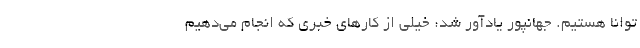
توانا هستیم. جهانپور یادآور شد: خیلی از کارهای خبری که انجام می‌دهیم